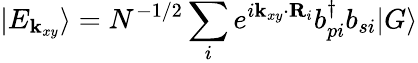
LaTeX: |E_{{\mathbf k}_{xy}}\rangle=N^{-1/2}\sum_{i}e^{i{\mathbf k}_{xy}\cdot{\mathbf R}_{i}}b_{pi}^{\dagger}b_{si}|G\rangle